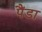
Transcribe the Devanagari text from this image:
पैंडा